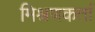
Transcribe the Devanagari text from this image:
मिश्रणकर्ता